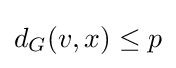
d_{G}(v,x)\leq p